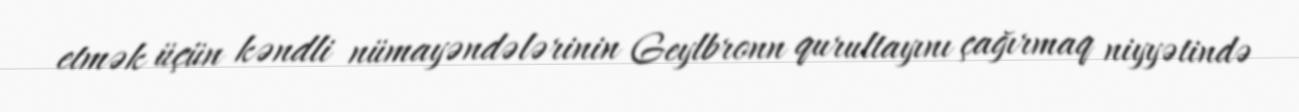
etmək üçün kəndli nümayəndələrinin Geylbronn qurultayını çağırmaq niyyətində